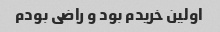
اولین خریدم بود و راضی بودم